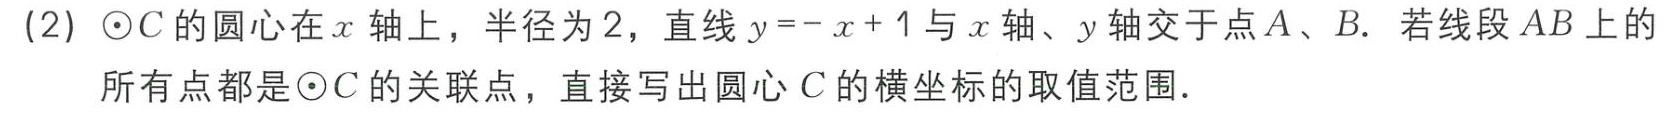
(2) $\odot C$的圆心在$x$轴上，半径为$2$，直线$y = -x + 1$与$x$轴、$y$轴交于点$A$、$B$. 若线段$AB$上的

所有点都是$\odot C$的关联点，直接写出圆心$C$的横坐标的取值范围.